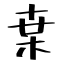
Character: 枽